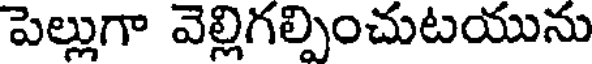
పెల్లుగా వెల్లిగల్పించుటయును